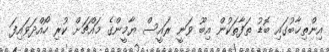
އިންތިޚާބުގައި ބޮޑު ތަފާތަކުން އިބޫ ވަނީ ރައީސް ޔާމީންގެ މައްޗަށް ކުރި ހޯއްދަވައިފަ